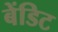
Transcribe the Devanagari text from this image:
बेंडिट